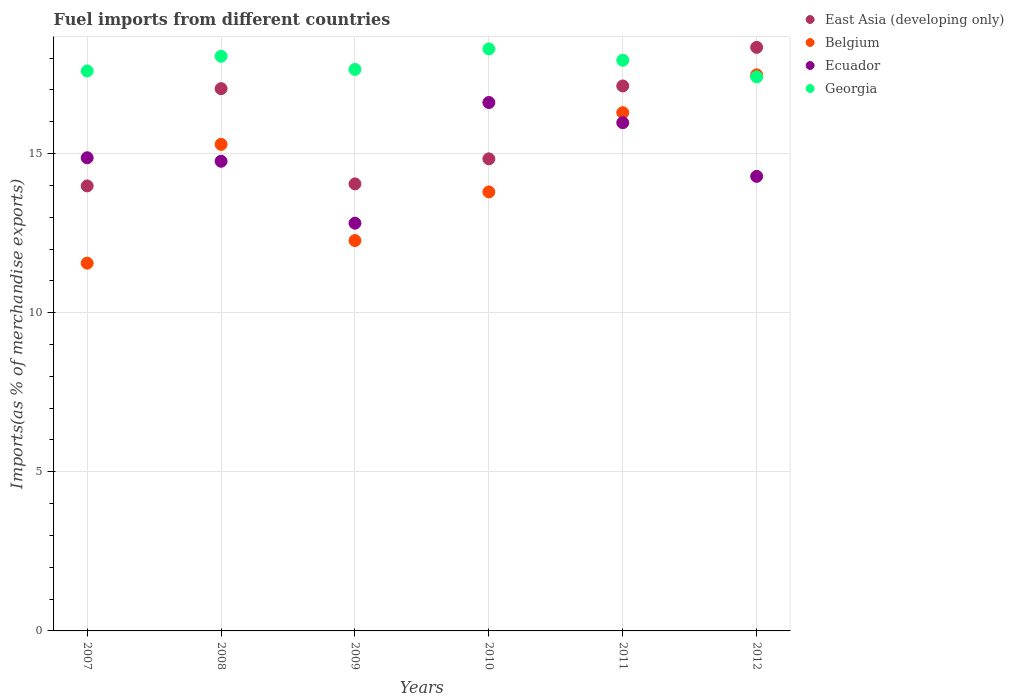
| Years | East Asia (developing only) | Belgium | Ecuador | Georgia |
 | --- | --- | --- | --- | --- |
 | 2007 | 14 | 11.6 | 14.9 | 17.6 |
 | 2008 | 17 | 15.3 | 14.8 | 18.1 |
 | 2009 | 14 | 12.3 | 12.8 | 17.6 |
 | 2010 | 14.8 | 13.8 | 16.6 | 18.3 |
 | 2011 | 17.1 | 16.3 | 16 | 17.9 |
 | 2012 | 18.3 | 17.5 | 14.3 | 17.4 |